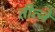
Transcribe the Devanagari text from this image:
तीत्ज़े